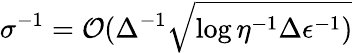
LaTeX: \sigma^{-1}=\mathcal{O}(\Delta^{-1}\sqrt{\log{\eta^{-1}\Delta\epsilon^{-1})}}